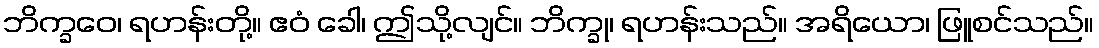
ဘိက္ခဝေ၊ ရဟန်းတို့။ ဧဝံ ခေါ၊ ဤသို့လျင်။ ဘိက္ခု၊ ရဟန်းသည်။ အရိယော၊ ဖြူစင်သည်။